Vaccination report Assam 1896-1927 - 1896-1927
Year: 1896
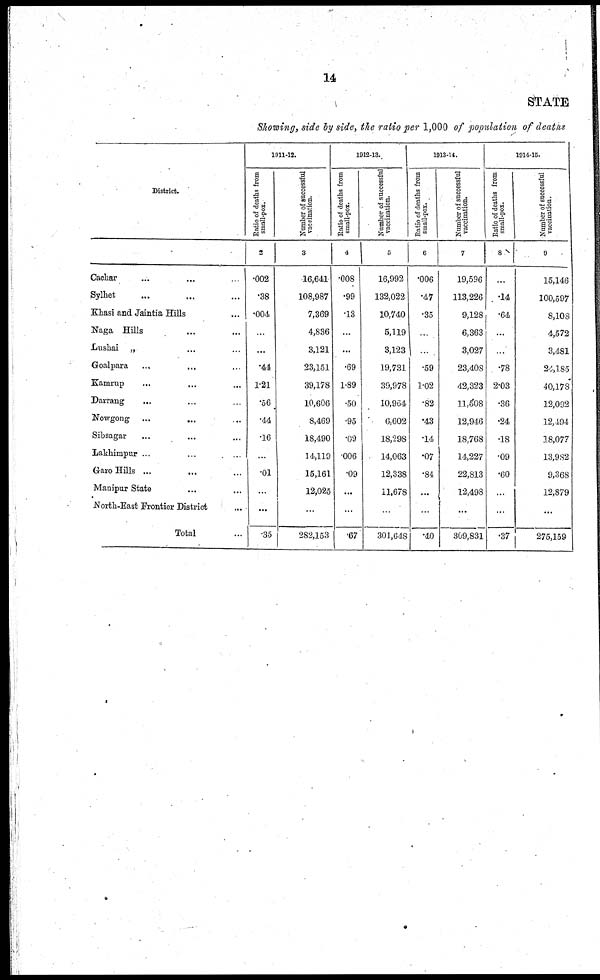
14
STATE
Showing, side by side, the ratio per 1,000 of population of deaths
District.
1
Cachar ... ... ...
Sylhet ... ... ...
Khasi and Jaintia Hills ...
Naga Hills ... ...
Lushai „ ... ...
Goalpara ... ... ...
Kamrup ... ... ...
Darrang ... ... ...
Nowgong ... ... ...
Sibsagar ... ... ...
Lakhimpur ... ... ...
Garo Hills ... ... ...
Manipur State ... ...
North-East Frontier District ...
Total ...
1911-12.
Ratio of deaths from
small-pox.
2
.002
.38
.004
...
...
.44
1.21
.56
.44
.16
...
.01
...
...
.35
Number of successful
vaccination.
3
16,641
108,987
7,369
4,836
3,121
23,151
39,178
10,606
8,469
18,490
14,119
15,161
12,025
...
282,153
1912-13.
Ratio of deaths from
small-pox.
4
.008
.99
.13
...
...
.69
1.89
.50
.95
.09
.006
.09
...
...
.67
Number of successful
vaccination.
5
16,992
132,022
10,740
5,119
3,123
19,731
39,978
10,964
6,602
18,298
14,063
12,338
11,678
...
301,648
1913-14
Ratio of deaths from
small-pox.
6
.006
.47
.35
...
...
.59
1.02
.82
.43
.14
.07
.84
...
...
.40
Number of successful
vaccination.
7
19,596
113,226
9,128
6,363
3,027
23,408
42,323
11,508
12,946
18,768
14,227
22,813
12,498
...
309,831
1914-15.
Ratio of deaths from
small-pox.
8
...
.14
.64
...
...
.78
2.03
.36
.24
.18
.09
.60
...
...
.37
Number of successful
vaccination.
9
15,146
100,597
8,108
4,572
3,481
24,185
40,178
12,092
12,494
18,077
13,982
9,368
12,879
...
275,159